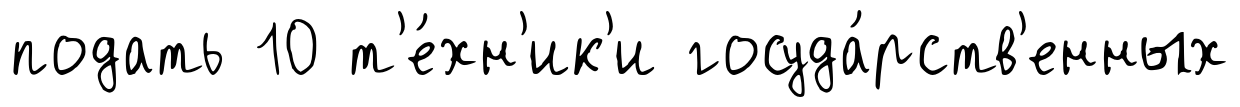
подать 10 т'е́хн'ик'и госуда́рств'енных